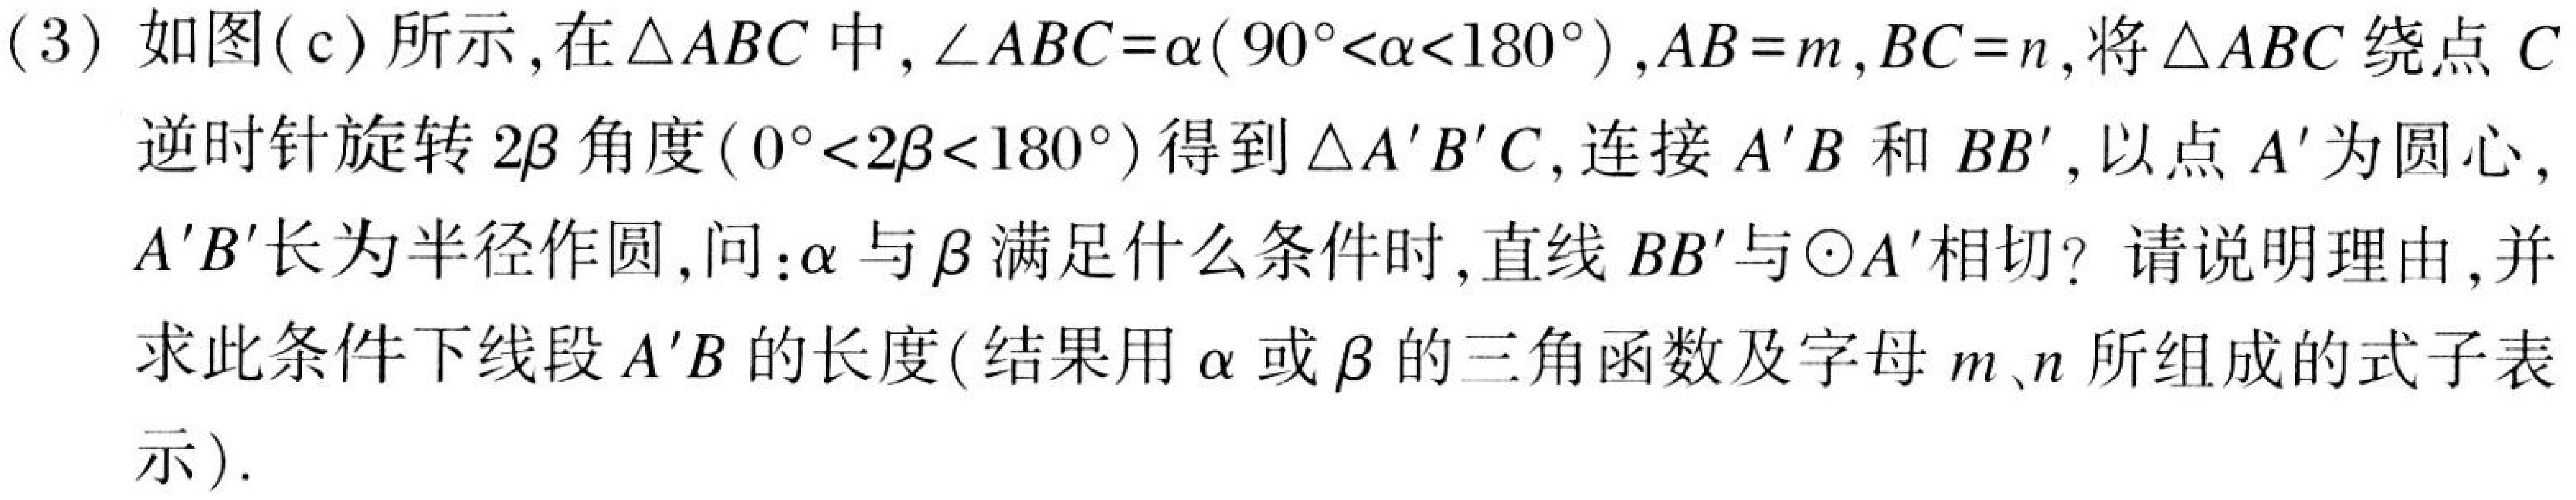
(3) 如图(c) 所示，在\(\triangle ABC\) 中，\(\angle ABC = \alpha(90^{\circ}<\alpha<180^{\circ})\)，\(AB = m\)，\(BC = n\)，将\(\triangle ABC\) 绕点 \(C\) 逆时针旋转 \(2\beta\) 角度\((0^{\circ}<2\beta<180^{\circ})\) 得到\(\triangle A'B'C\)，连接 \(A'B\) 和 \(BB'\)，以点 \(A'\) 为圆心，\(A'B'\) 长为半径作圆，问：\(\alpha\) 与 \(\beta\) 满足什么条件时，直线 \(BB'\) 与\(\odot A'\) 相切？请说明理由，并求此条件下线段 \(A'B\) 的长度(结果用 \(\alpha\) 或 \(\beta\) 的三角函数及字母 \(m、n\) 所组成的式子表示)．